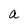
Character: a